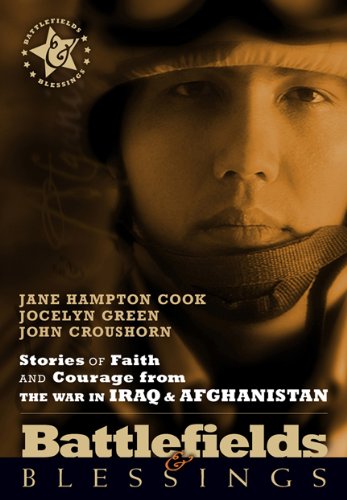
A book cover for Battlefields And Blessings Iraq/Afghanistan( Stories of Faith and Courage (Battlefields & Blessings); Jane Hampton Cook; History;